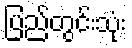
ပြည်တွင်းသုံး